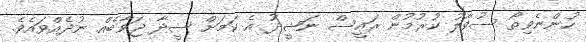
ހުންނެވިތޯ ސުވާލު ކުރުމުން ރައީސް ނަޝީދު އެ ކަމަށް ސީދާ ޖަވާބެއް ނުދެއްވައެވެ.